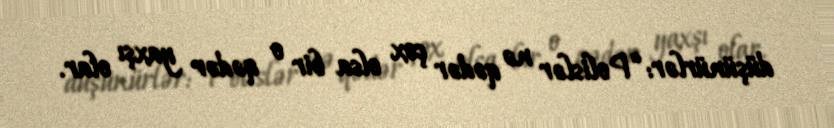
düşünürlər: “Polislər nə qədər çox olsa bir o qədər yaxşı olar.